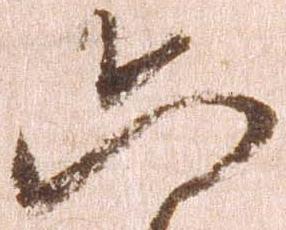
六